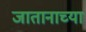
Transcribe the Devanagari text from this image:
जातानाच्या